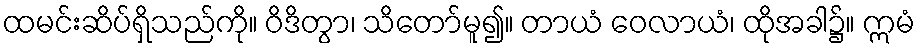
ထမင်းဆိပ်ရှိသည်ကို။ ဝိဒိတွာ၊ သိတော်မူ၍။ တာယံ ဝေလာယံ၊ ထိုအခါ၌။ ဣမံ